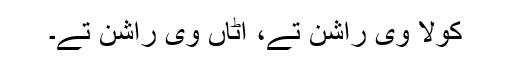
کولا وی راشن تے، اٹاں وی راشن تے۔